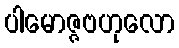
ပါမောဇ္ဇဗဟုလော